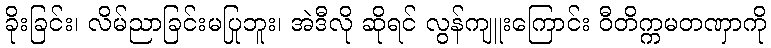
ခိုးခြင်း၊ လိမ်ညာခြင်းမပြုဘူး၊ အဲဒီလို ဆိုရင် လွန်ကျူးကြောင်း ဝီတိက္ကမတဏှာကို